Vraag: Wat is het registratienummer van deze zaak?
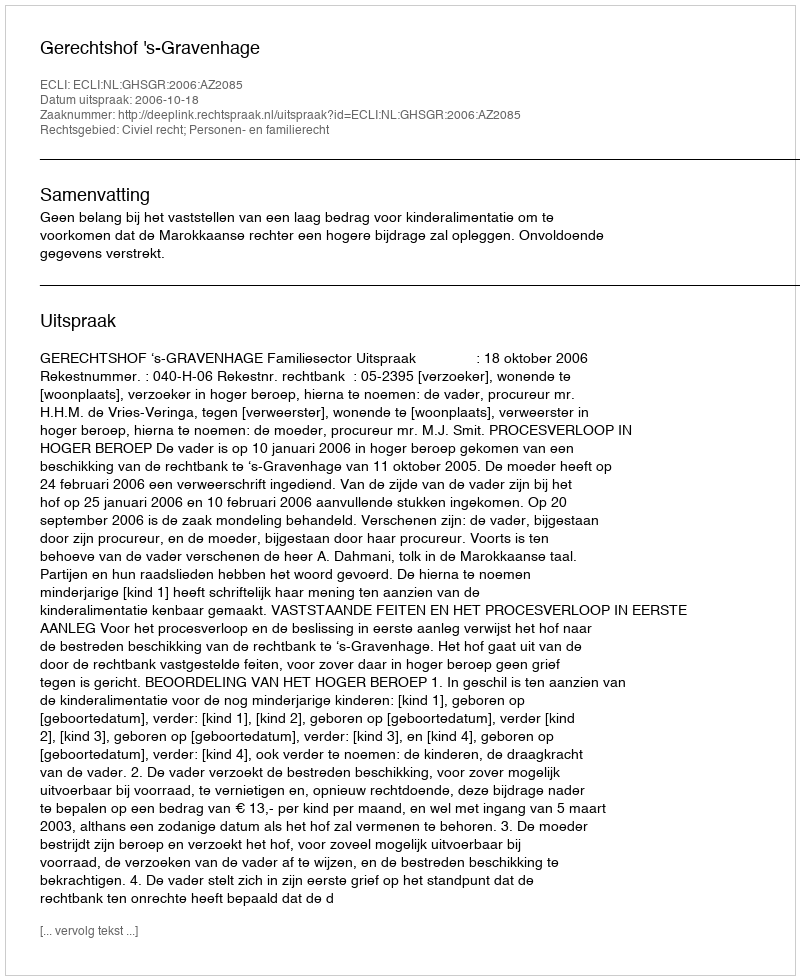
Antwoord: http://deeplink.rechtspraak.nl/uitspraak?id=ECLI:NL:GHSGR:2006:AZ2085